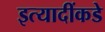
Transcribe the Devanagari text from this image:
इत्यादींकडे